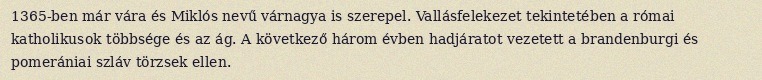
1365-ben már vára és Miklós nevű várnagya is szerepel. Vallásfelekezet tekintetében a római katholikusok többsége és az ág. A következő három évben hadjáratot vezetett a brandenburgi és pomerániai szláv törzsek ellen.